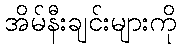
အိမ်နီးချင်းများကို